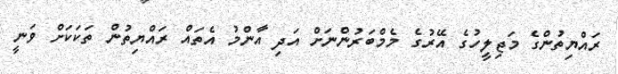
ރައްޔިތުންގެ މަޖިލީހުގެ އޭރުގެ މެމްބަރުންނަށް އަދި އާންމު އެތައް ރައްޔިތުން ތަކަކަށް ވަނީ